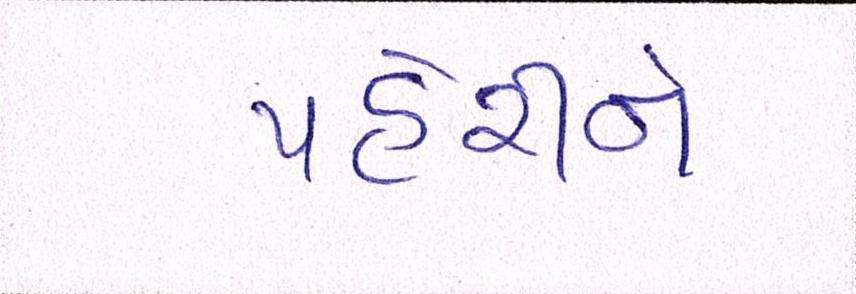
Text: પહેરીને